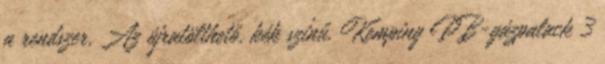
a rendszer. Az újratölthető, kék színű, Kemping PB-gázpalack 3